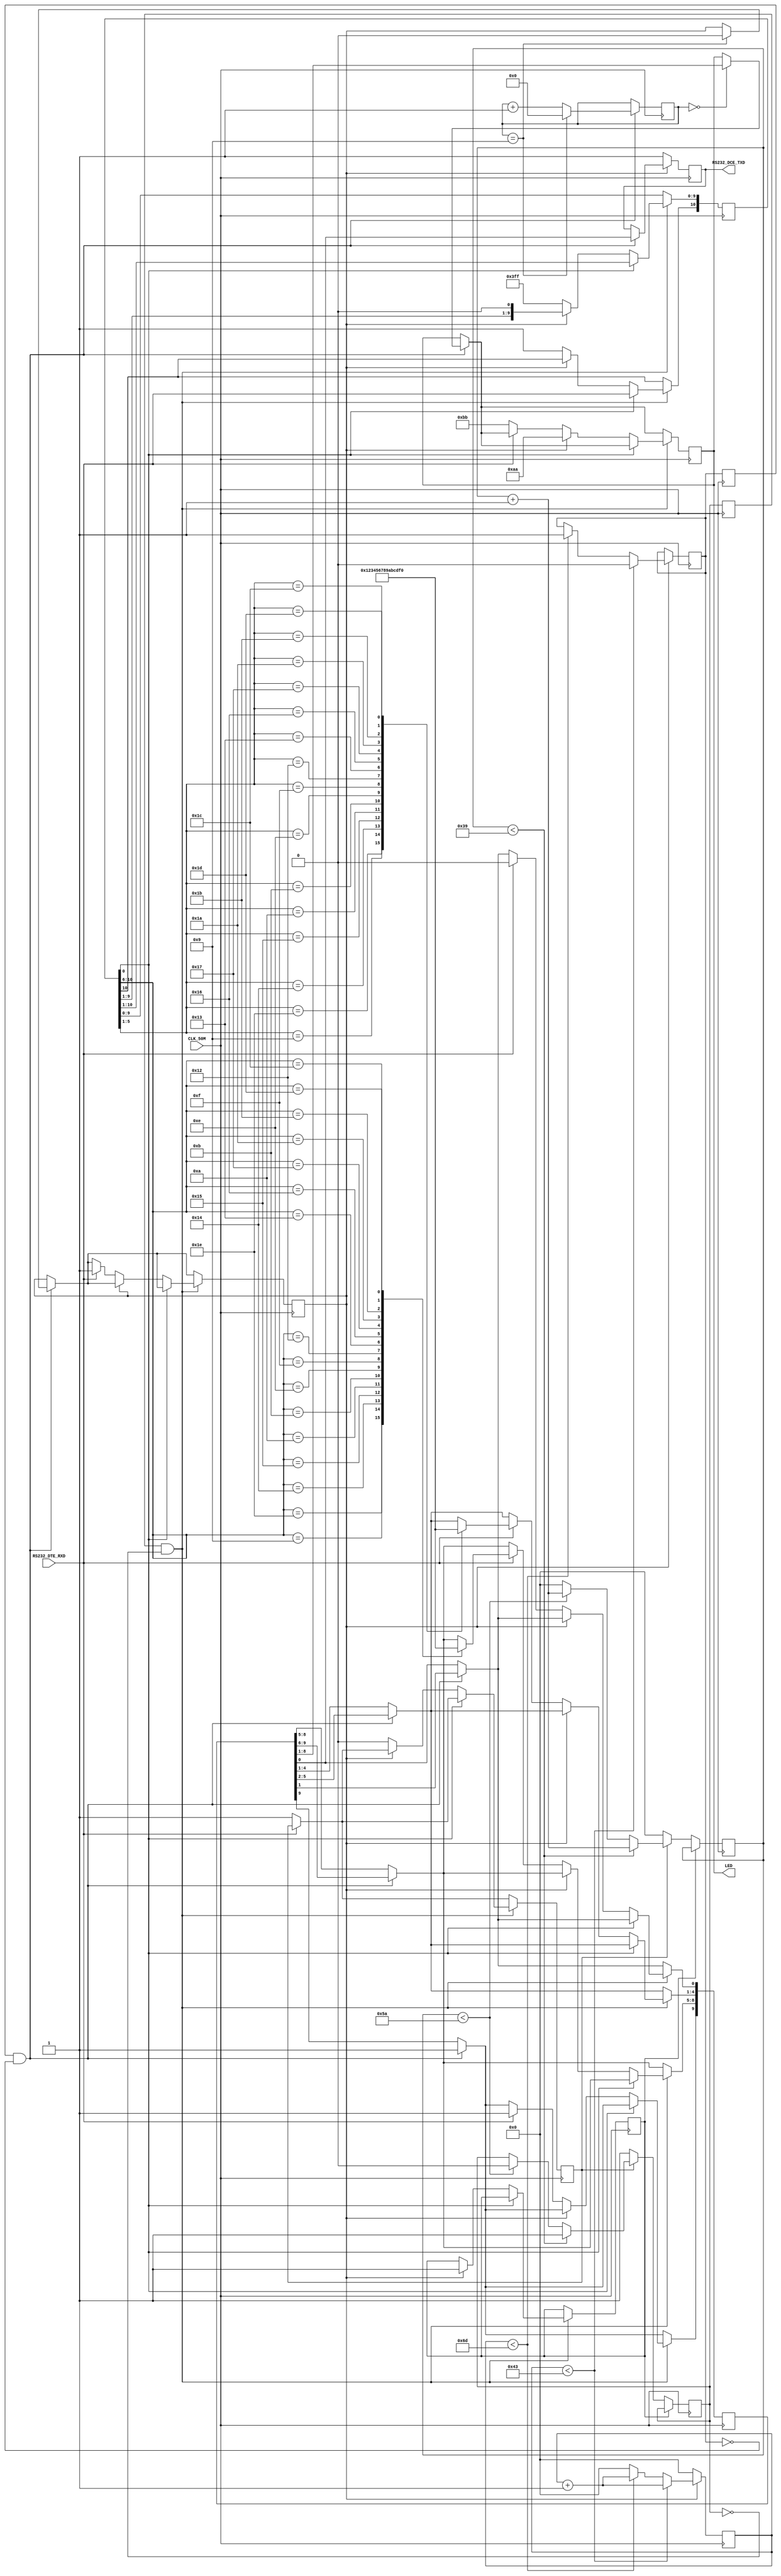
`timescale 1ns / 1ps
//////////////////////////////////////////////////////////////////////////////////
// Company: Kitakyushu-Kosen
// Engineer: 
// 
// Design Name: 
// Module Name:    receive_460800.v
// Project Name: 
// Target Devices: Spartan-3A Starter Kit
// Tool versions: 
// Description: 
//
// Dependencies: 
//
// Revision: 
// Revision 0.01 - File Created
// Additional Comments: 
//   M@@
//   M{[hLED\
//   kill = 1'b@VXe~dl 
// 
////////////////////////////////////////////////////////////////////////////////// 
module tx_460800(CLK_50M, RS232_DCE_TXD, RS232_DTE_RXD, LED);

	input CLK_50M;
	output RS232_DCE_TXD;
	input RS232_DTE_RXD;
	output [7:0] LED;

	reg txd_out;
	assign RS232_DCE_TXD = txd_out;
	wire rxd;
	assign rxd = RS232_DTE_RXD;

	reg [7:0] led_out;
	assign LED = led_out;
	
	reg [12:0] b4_clock_count = 0;
	reg [12:0] b5_clock_count = 0;
	
	reg b4_clk = 1'b1;
	reg b5_clk = 1'b1;
	reg b4_clk_old;
	reg b5_clk_old;
	
	reg receiving = 1'b0;
	reg sending   = 1'b0;

	reg [10:0] buffer = 11'b11111_11111_1;
	reg [9:0] decode  = 10'b11111_11111;
	reg [3:0] send_count = 0;

	reg kill = 1'b0;
	
always @(posedge CLK_50M)
begin
	//VXe~
	if(kill == 1'b1)
	begin
	end

	else if(receiving == 1'b1) //X^[grbgoNbN
	begin
		//5bNbN@@NbN5/6{
		b5_clock_count <= b5_clock_count + 1;
		if (b5_clock_count < 57) //{[[g 230400: 115200:224, 9600:3255   (*0.625)
		begin
			b5_clk <= 1'b1;
		end
		else if (b5_clock_count < 90) //{[[g 115200:361, 9600:4340
		begin
			b5_clk <= 1'b0;
		end
		else
		begin
			b5_clock_count <= 0;
		end
	end
	else
	begin
		b5_clock_count <= 0;
		b5_clk <= 1'b1;
	end


	//4bNbN
	if(sending == 1)
	begin
		b4_clock_count <= b4_clock_count + 1;
		if (b4_clock_count < 67) //{[[g 115200:269, 9600:3229    (*0.62)
		begin
			b4_clk <= 1'b0;
		end
		else if (b4_clock_count < 109) //{[[g 115200:434, 9600:5208
		begin
			b4_clk <= 1'b1;
		end
		else
		begin
				b4_clock_count <= 0;
		end
	end
	else
	begin
		b4_clock_count <= 0;
	end
end


always @(negedge CLK_50M)
begin

	b4_clk_old <= b4_clk;
	b5_clk_old <= b5_clk;
	
	if(rxd == 1'b0) //X^[grbgmA5bNbNJn}
	begin
		receiving <= 1'b1;
	end
		
	//MPCM
	if ((b4_clk_old == 1'b1) & (b4_clk == 1'b0))
	begin
		//MM
		txd_out      <= decode[0];
		decode[8:0]  <= decode[9:1];
		decode[9]    <= 1'b1;
		send_count    <= send_count + 1;
		
		//LEDo()
		if(send_count == 1'b0)
		begin
			led_out[7:0] <= decode[8:1];
		end
		
		//MI
		if(send_count == 4'b1001)
		begin
			send_count <= 0;
			sending    <= 1'b0;
		end
	end
	if(sending == 1'b0)
	begin
		txd_out <= 1'b1; //ACh
	end
	
	
	
	//b5_clks
	if ((b5_clk_old == 1'b1) & (b5_clk == 1'b0))
	begin		
		
		
		//X^[grbgbuffer[0]
		if (buffer[0] == 1'b0)
		begin
			
			//////////////////////////
			//FVXe~
			if(sending == 1'b1) //MIMM
			begin
				led_out[7:0] <= 8'b1010_1010;
				kill <= 1'b1;
			end
			
			else if(rxd != 1'b1) //Xgbvrbgobufferji{[[g~XNj
			begin
				led_out[7:0] <= 8'b1011_1011;
				buffer[10:0] <= 11'b11111_11111_1;
				receiving <= 1'b0;
				//kill <= 1'b1;  //G[VXe~sRgO
			end
			
			/////////////////////////////////
			//FXgbvrbgM4bMM
			else
			begin
				case(buffer[5:1])
					5'b11110 : decode[4:1] <= 4'b0000;
					5'b01001 : decode[4:1] <= 4'b0001;
					5'b10100 : decode[4:1] <= 4'b0010;
					5'b10101 : decode[4:1] <= 4'b0011;
					5'b01010 : decode[4:1] <= 4'b0100;
					5'b01011 : decode[4:1] <= 4'b0101;
					5'b01110 : decode[4:1] <= 4'b0110;
					5'b01111 : decode[4:1] <= 4'b0111;
					5'b10010 : decode[4:1] <= 4'b1000;
					5'b10011 : decode[4:1] <= 4'b1001;
					5'b10110 : decode[4:1] <= 4'b1010;
					5'b10111 : decode[4:1] <= 4'b1011;
					5'b11010 : decode[4:1] <= 4'b1100;
					5'b11011 : decode[4:1] <= 4'b1101;
					5'b11100 : decode[4:1] <= 4'b1110;
					5'b11101 : decode[4:1] <= 4'b1111;
					//default  : decode[4:1] <= 4'b1111;
				endcase
				case(buffer[10:6])
					5'b11110 : decode[8:5] <= 4'b0000;
					5'b01001 : decode[8:5] <= 4'b0001;
					5'b10100 : decode[8:5] <= 4'b0010;
					5'b10101 : decode[8:5] <= 4'b0011;
					5'b01010 : decode[8:5] <= 4'b0100;
					5'b01011 : decode[8:5] <= 4'b0101;
					5'b01110 : decode[8:5] <= 4'b0110;
					5'b01111 : decode[8:5] <= 4'b0111;
					5'b10010 : decode[8:5] <= 4'b1000;
					5'b10011 : decode[8:5] <= 4'b1001;
					5'b10110 : decode[8:5] <= 4'b1010;
					5'b10111 : decode[8:5] <= 4'b1011;
					5'b11010 : decode[8:5] <= 4'b1100;
					5'b11011 : decode[8:5] <= 4'b1101;
					5'b11100 : decode[8:5] <= 4'b1110;
					5'b11101 : decode[8:5] <= 4'b1111;
					//default  : decode[8:5] <= 4'b1111;
				endcase
				//X^[gXgbvrbg
				decode[0]    <= 1'b0;
				decode[9]    <= 1'b1;
				sending      <= 1'b1;
				receiving    <= 1'b0;
				buffer[10:0] <= 11'b11111_11111_1;
			end
		end
		else
		begin
			//MMbufferi[
			buffer[9:0]  <= buffer[10:1];
			buffer[10]   <= rxd;
		end
	end
end

endmodule